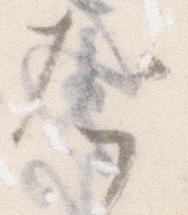
た